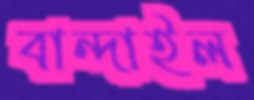
বান্দাইল